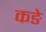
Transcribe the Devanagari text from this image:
कङे